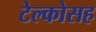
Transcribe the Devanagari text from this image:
टेल्कोसह